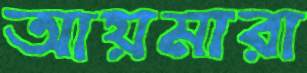
আয়মারা